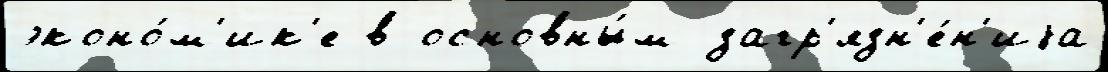
эконо́м'ик'е в основны́м загр'язн'е́н'иjа